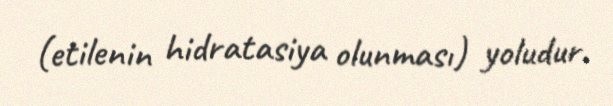
(etilenin hidratasiya olunması) yoludur.